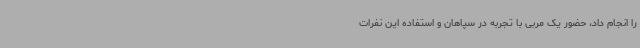
را انجام داد، حضور یک مربی با تجربه در سپاهان و استفاده این نفرات